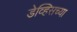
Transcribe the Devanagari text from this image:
डेव्हिसच्या